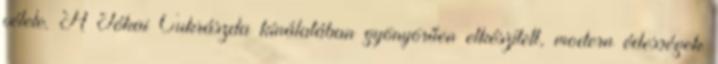
vétele. A Jókai Cukrászda kínálatában gyönyörűen elkészített, modern édességek